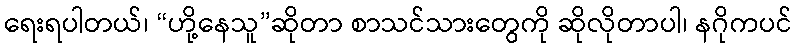
ရေးရပါတယ်၊ “ဟို့နေသူ”ဆိုတာ စာသင်သားတွေကို ဆိုလိုတာပါ၊ နဂိုကပင်